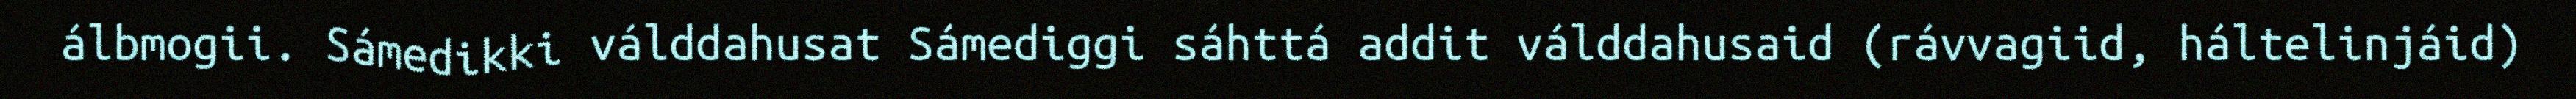
álbmogii. Sámedikki válddahusat Sámediggi sáhttá addit válddahusaid (rávvagiid, háltelinjáid)